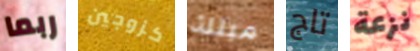
ربما كزوجين مبتلة تاج نزعة